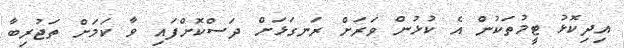
އިދިކޮޅު ޓީމުތަކުން އެ ކުޅުން ވަރަށް ރަނގަޅަށް ދަސްކޮށްފައި ވާ ކަމަށް ތަޖުރިބާ